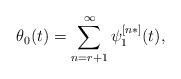
LaTeX: \begin{align*} \theta_0(t)=\sum_{n=r+1}^\infty \psi_1^{[n*]}(t),\end{align*}